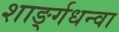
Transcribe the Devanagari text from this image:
शार्ङ्गधन्वा